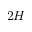
2 H